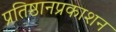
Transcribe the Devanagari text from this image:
प्रतिष्ठानप्रकाशन